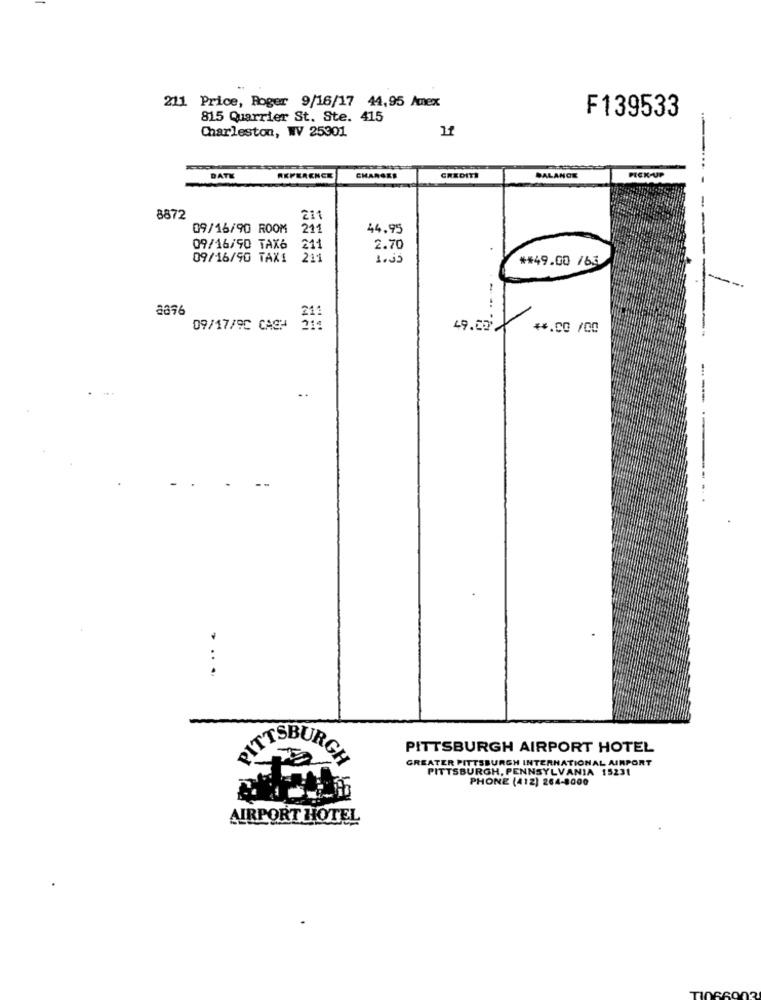
211 Price, Roger 9/16/17 44,95 Amex
F139533
815 Quarrier St. Ste. 415
Charleston, WV 25301
PICK-UP
DATK
REFERENCE
CHARGES
CREDITI
BALANCE
-
8872
211
09/16/90 ROOM
211
44.95
09/16/90 TAX6
211
2.70
--
09/16/90 TAXI
211
1.35
** 49.00 /63
-
211
09/17/9C CACH
49.00
**. CO /00
---
..
----
. ..
PITTSBURGH AIRPORT HOTEL
GREATER PITTSBURGH INTERNATIONAL AIRPORT
PITTSBURGH
PITTSBURGH, PENNSYLVANIA 15231
PHONE (412) 264-8000
AIRPORT HOTEL